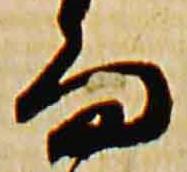
而